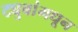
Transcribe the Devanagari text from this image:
ट्युबांमधून